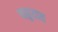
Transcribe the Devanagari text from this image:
पाहुयात